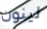
لينون